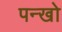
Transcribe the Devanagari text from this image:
पन्खो